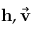
\mathbf { h } , \vec { \mathbf { v } }